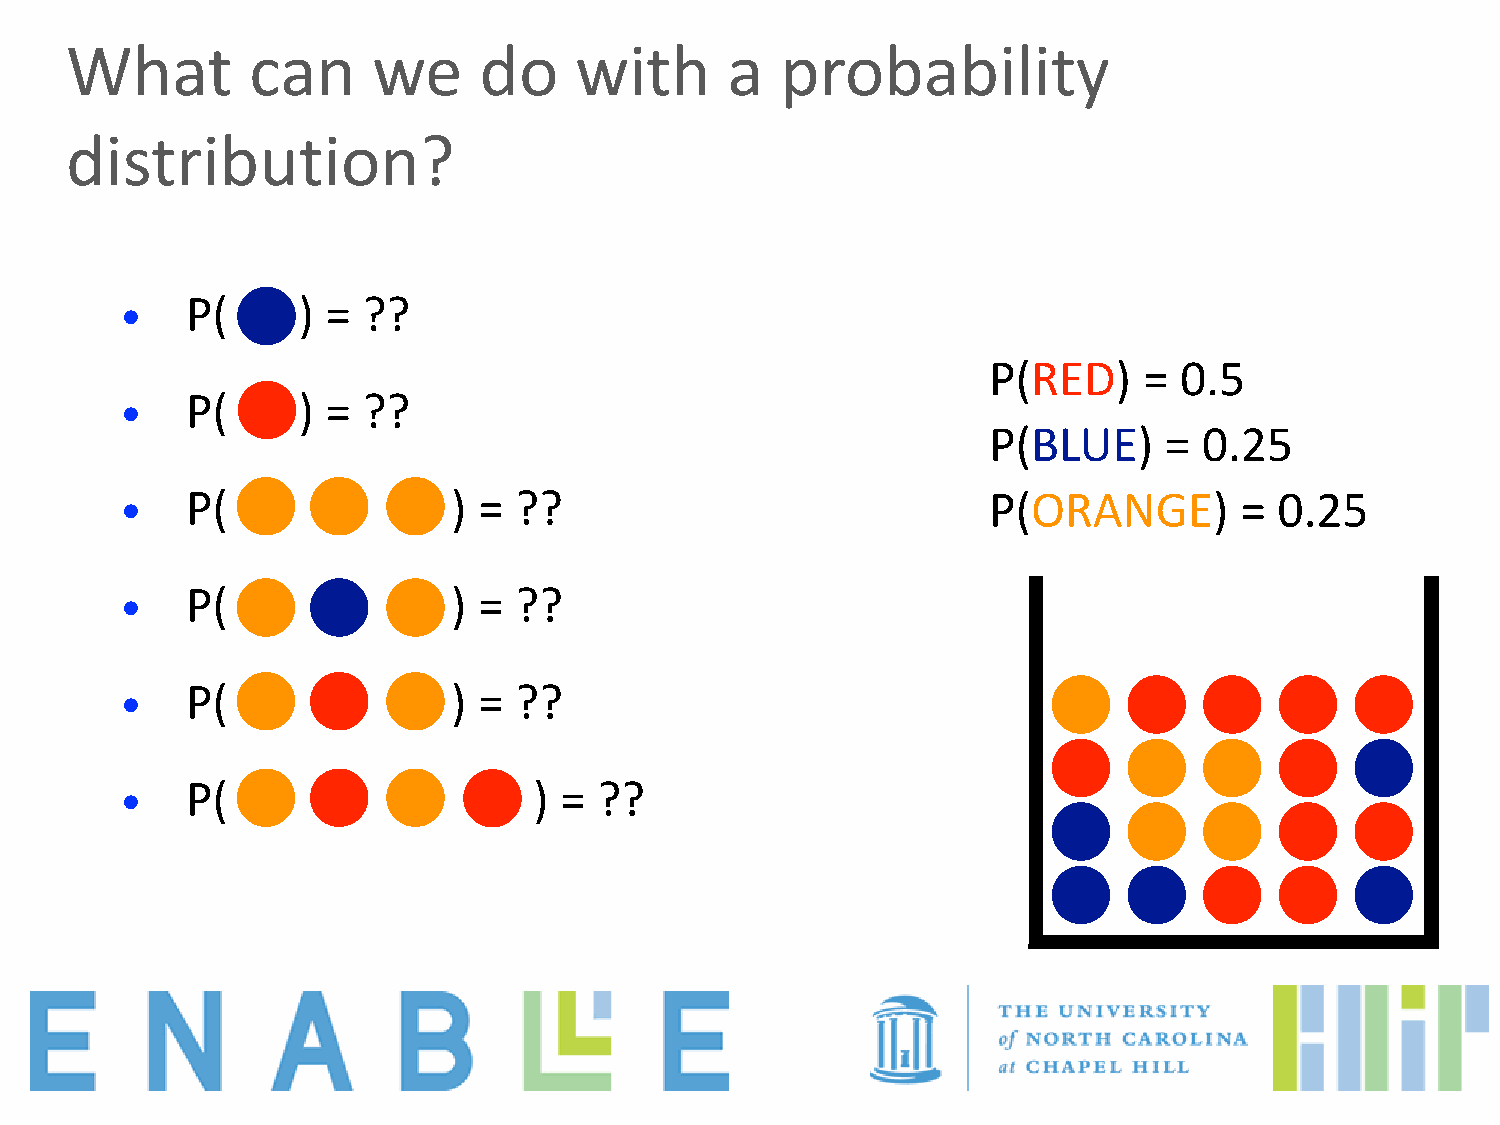
What        can      we     do    with      a   probability
 distribution?
 •   P(      ) = ??
 P(RED)     = 0.5
 •   P(      ) = ??
 P(BLUE)     =  0.25
 •   P(                ) = ??                             P(ORANGE)        =  0.25
 •   P(                ) = ??
 •   P(                ) = ??
 •   P(                     ) =  ??